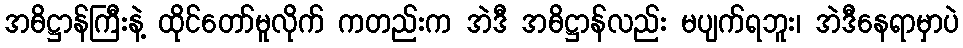
အဓိဋ္ဌာန်ကြီးနဲ့ ထိုင်တော်မူလိုက် ကတည်းက အဲဒီ အဓိဋ္ဌာန်လည်း မပျက်ရဘူး၊ အဲဒီနေရာမှာပဲ